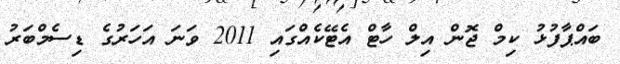
ބައްޕާފުޅު ކިމް ޖޮން އިލް ހާޓް އެޓޭކެއްގައި 2011 ވަނަ އަހަރުގެ ޑިސެމްބަރު